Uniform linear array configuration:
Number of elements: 24
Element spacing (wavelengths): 0.25
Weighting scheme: blackman
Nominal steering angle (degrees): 60
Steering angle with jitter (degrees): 58.619
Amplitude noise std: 0.05
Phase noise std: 0.05

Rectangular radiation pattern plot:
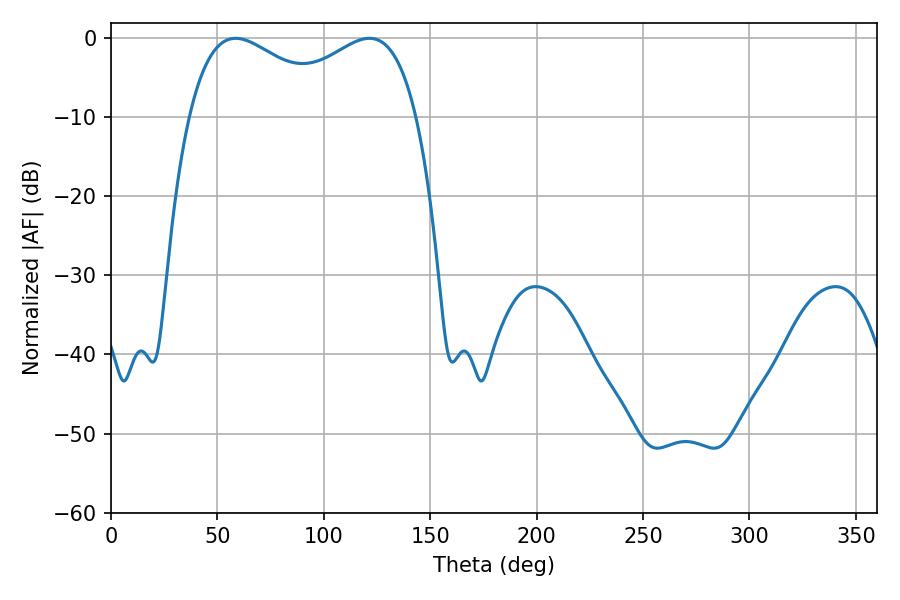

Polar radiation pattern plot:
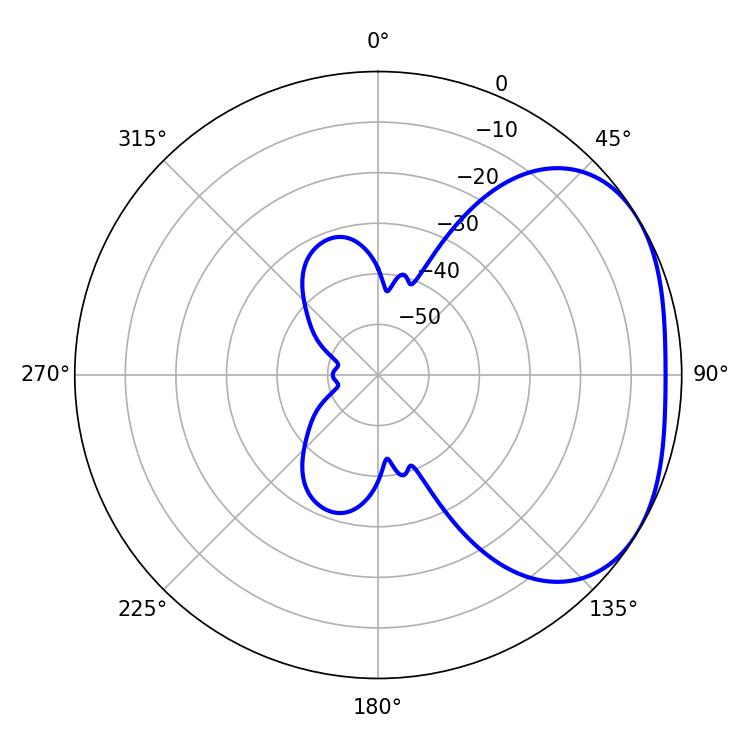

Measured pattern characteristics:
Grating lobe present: FALSE
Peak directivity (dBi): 2.645
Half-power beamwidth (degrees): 39.42
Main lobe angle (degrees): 58.5